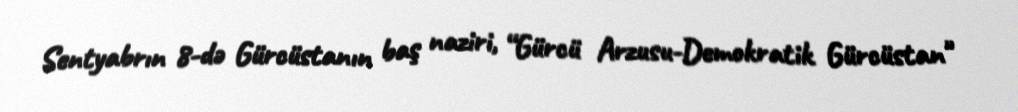
Sentyabrın 8-də Gürcüstanın baş naziri, “Gürcü Arzusu-Demokratik Gürcüstan"